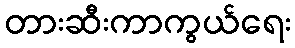
တားဆီးကာကွယ်ရေး